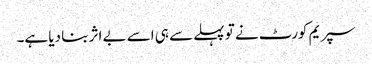
سپریم کورٹ نے تو پہلے سے ہی اسے بے اثر بنا دیا ہے۔